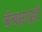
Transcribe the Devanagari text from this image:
वॅबसाइटें